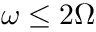
\omega \leq 2 \Omega